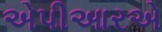
એપીઆરએ